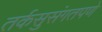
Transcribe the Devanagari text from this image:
तर्कसुसंगतपणे